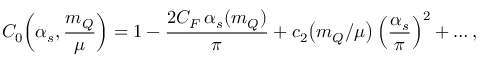
C _ { 0 } \! \left( \alpha _ { s } , \frac { m _ { Q } } { \mu } \right) = 1 - \frac { 2 C _ { F } \, \alpha _ { s } ( m _ { Q } ) } { \pi } + c _ { 2 } \! \left( m _ { Q } / \mu \right) \left( \frac { \alpha _ { s } } { \pi } \right) ^ { 2 } + \ldots ,